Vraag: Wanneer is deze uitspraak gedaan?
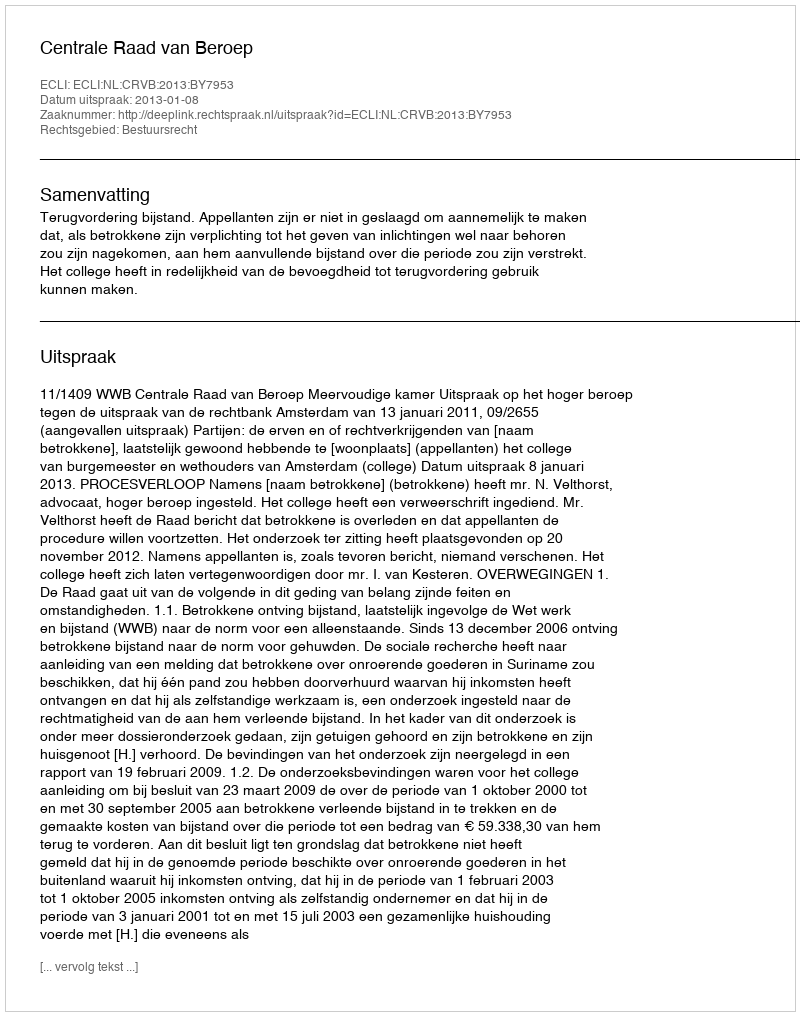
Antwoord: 2013-01-08